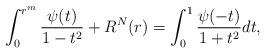
LaTeX: \begin{align*}\int_{0}^{r^m} \frac{\psi(t)}{1-t^2} + R^N(r)=\int_{0}^{1}\dfrac{\psi(-t)}{1+t^2} dt,\end{align*}